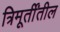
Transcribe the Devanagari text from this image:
त्रिमूर्तींतील